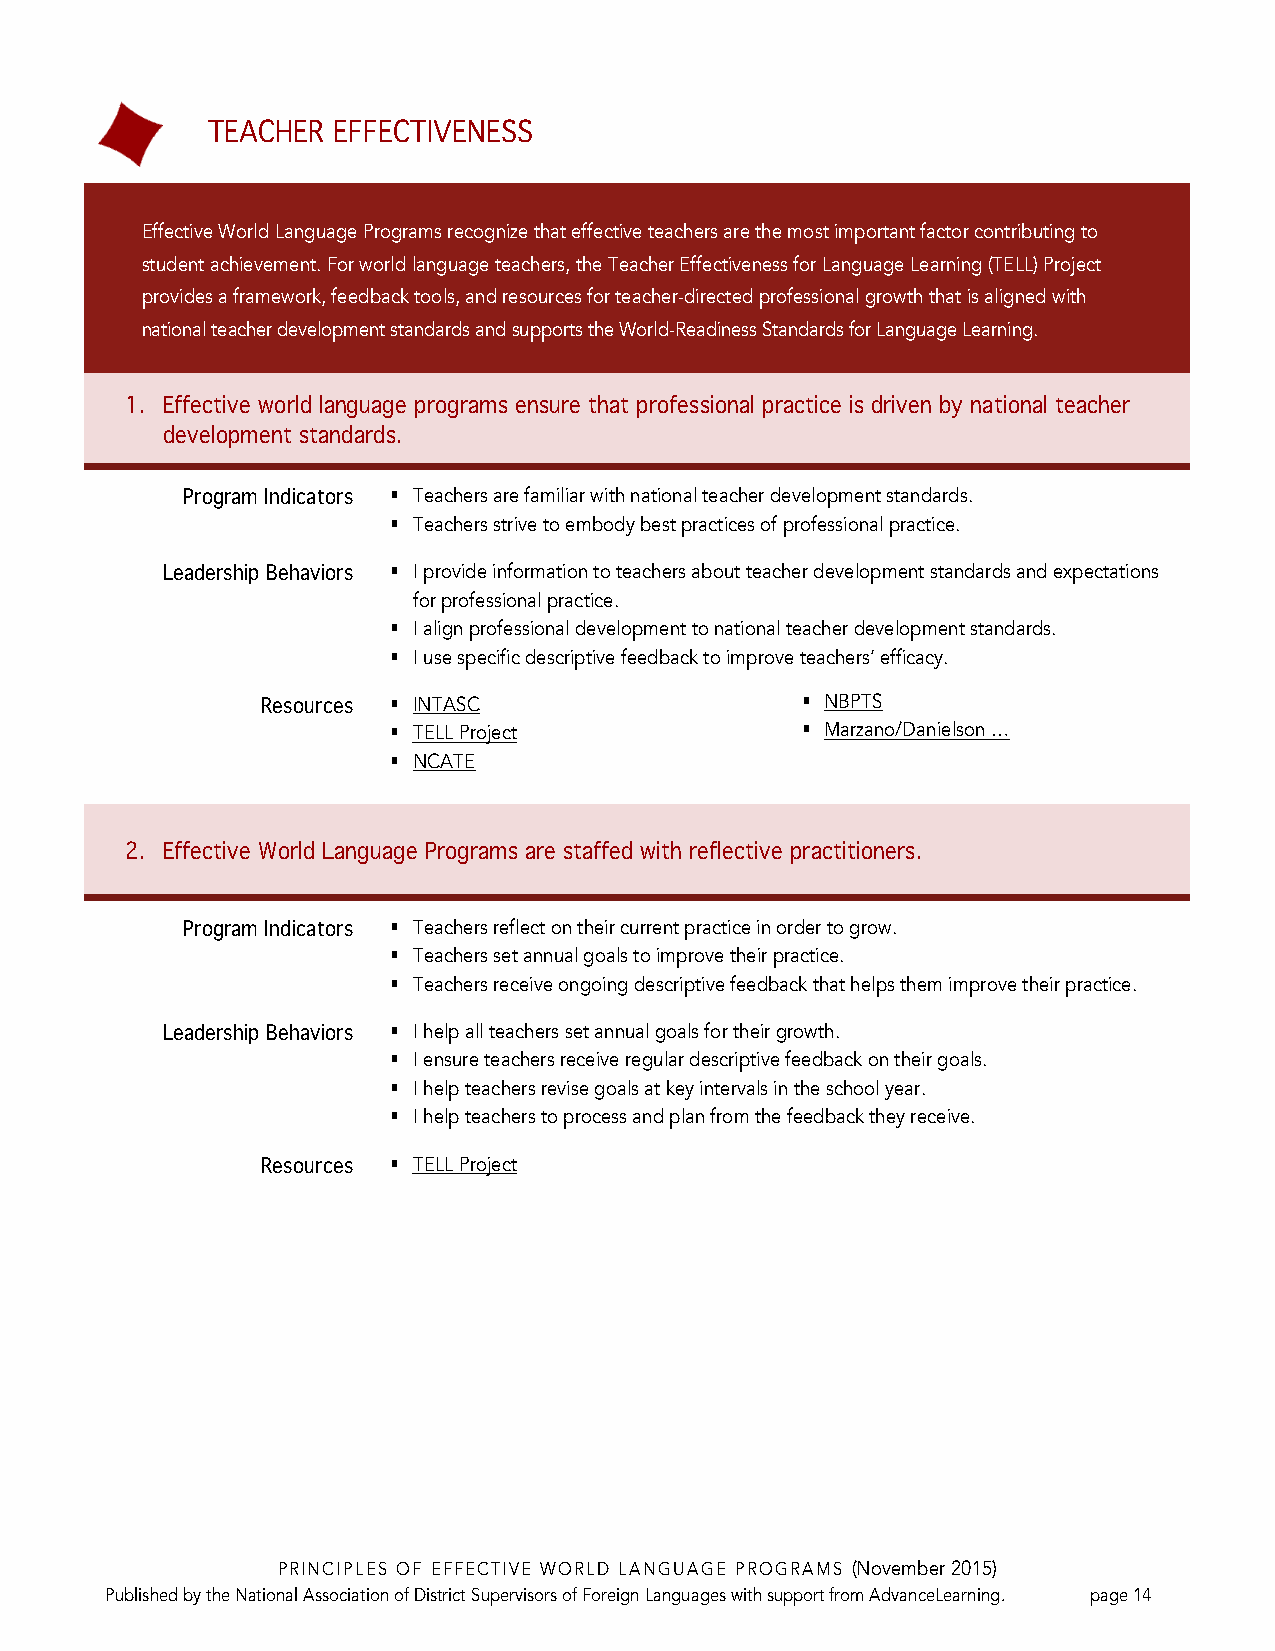
TEACHER EFFECTIVENESS
 Effective World Language Programs recognize that effective teachers are the most important factor contributing to
 student achievement. For world language teachers, the Teacher Effectiveness for Language Learning (TELL) Project
 provides a framework, feedback tools, and resources for teacher-directed professional growth that is aligned with
 national teacher development standards and supports the World-Readiness Standards for Language Learning.
 1. Effective world language programs ensure that professional practice is driven by national teacher
 development standards.
 Program Indicators § Teachers are familiar with national teacher development standards.
 § Teachers strive to embody best practices of professional practice.
 Leadership Behaviors § I provide information to teachers about teacher development standards and expectations
 for professional practice.
 § I align professional development to national teacher development standards.
 § I use specific descriptive feedback to improve teachers’ efficacy.
 Resources § INTASC                  § NBPTS
 § TELL Project             § Marzano/Danielson …
 § NCATE
 2. Effective World Language Programs are staffed with reflective practitioners.
 Program Indicators § Teachers reflect on their current practice in order to grow.
 § Teachers set annual goals to improve their practice.
 § Teachers receive ongoing descriptive feedback that helps them improve their practice.
 Leadership Behaviors § I help all teachers set annual goals for their growth.
 § I ensure teachers receive regular descriptive feedback on their goals.
 § I help teachers revise goals at key intervals in the school year.
 § I help teachers to process and plan from the feedback they receive.
 Resources § TELL Project
 PRINCIPLES OF EFFECTIVE WORLD LANGUAGE PROGRAMS (November 2015)
 Published by the National Association of District Supervisors of Foreign Languages with support from AdvanceLearning. page 14